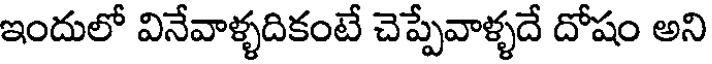
ఇందులో వినేవాళ్ళదికంటే చెప్పేవాళ్ళదే దోషం అని